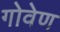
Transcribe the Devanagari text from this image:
गोवेण